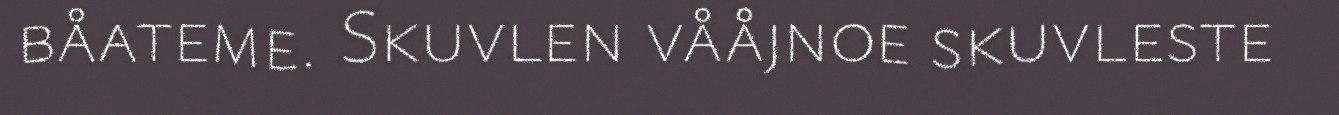
båateme. Skuvlen vååjnoe skuvleste